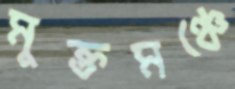
মুক্তমঞ্চে